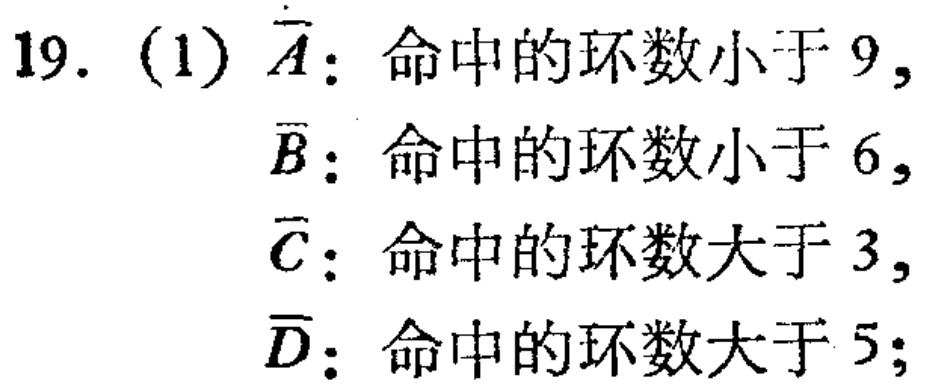
19. (1) $\overline{A}$：命中的环数小于 9,

$\overline{B}$：命中的环数小于 6,

$\overline{C}$：命中的环数大于 3,

$\overline{D}$：命中的环数大于 5;